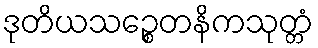
ဒုတိယသဉ္စေတနိကသုတ္တံ